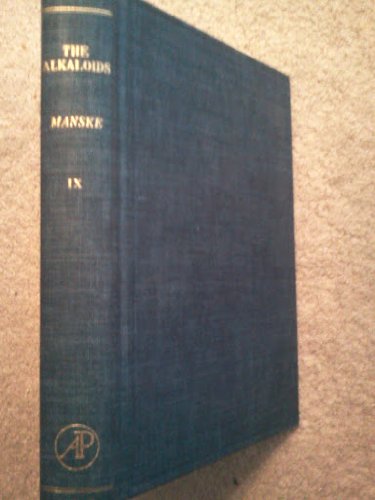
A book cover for The Alkaloids Chemistry and Physiology Vol. 9; Science & Math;